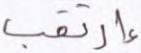
إرتقب